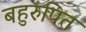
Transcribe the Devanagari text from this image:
बहुरुपित